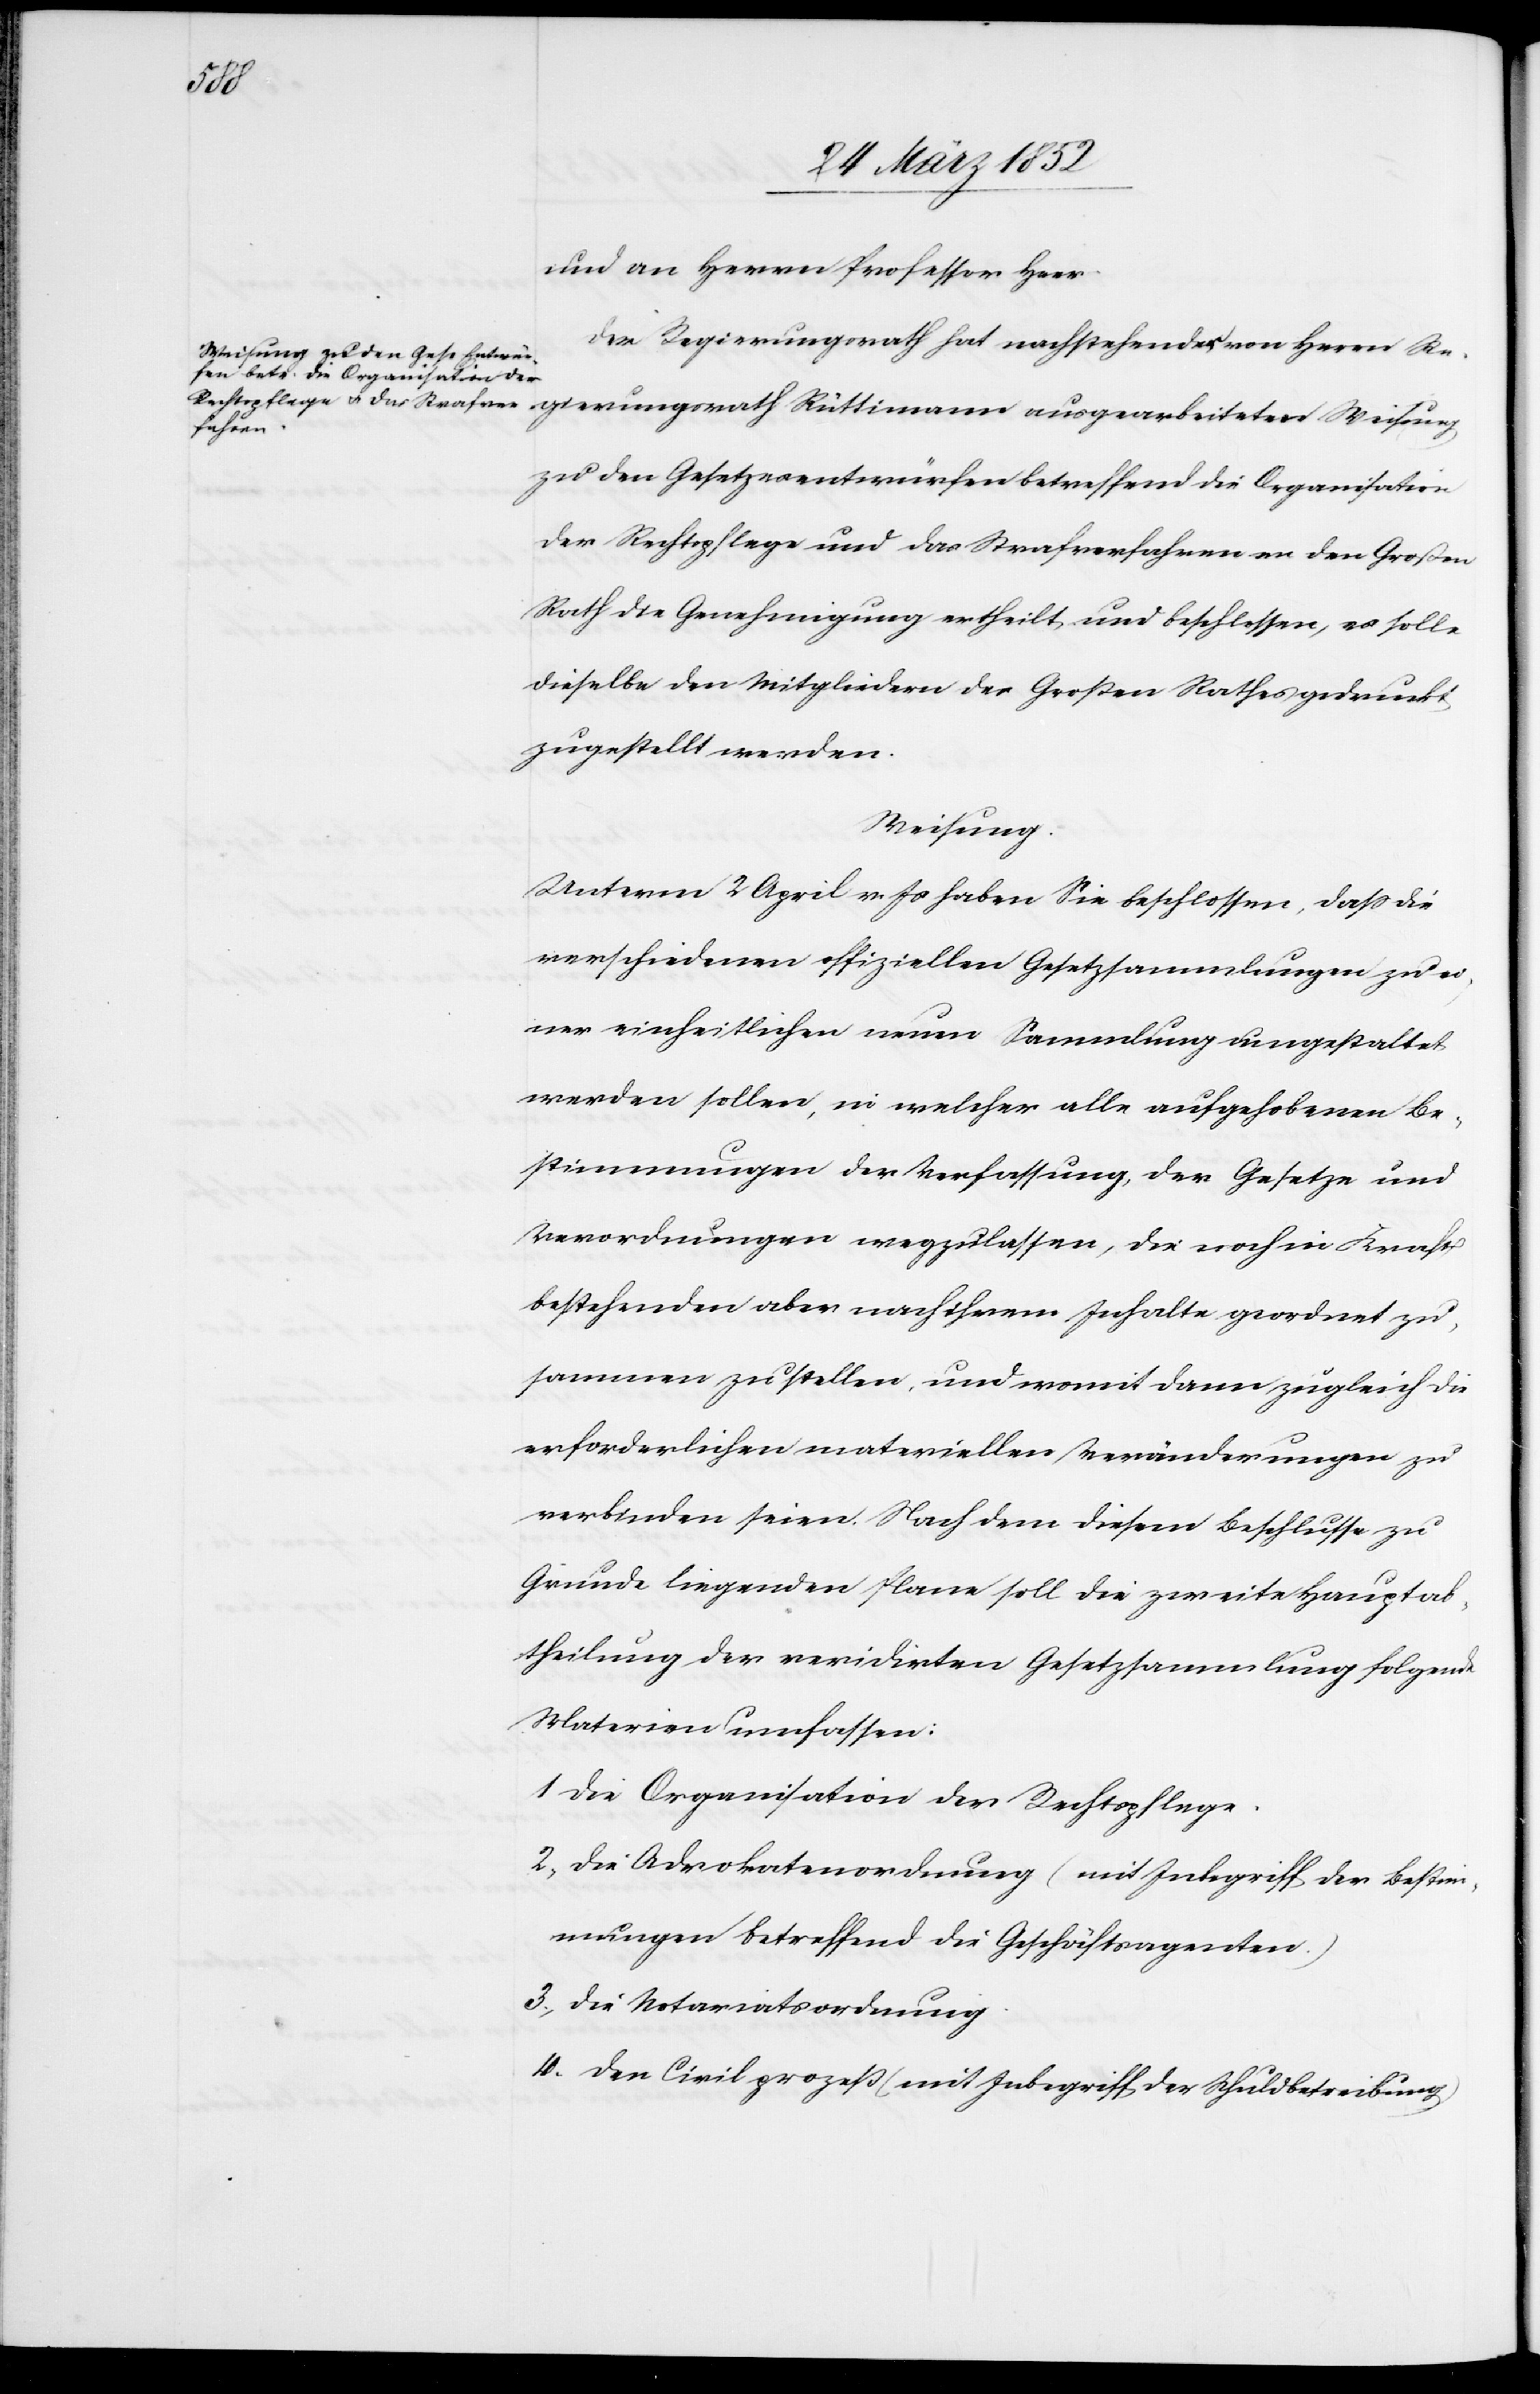
und an Herrn Professor Heer.
Der Regierungsrath hat nachstehender von Herrn Re¬
beiteten
zu den Gesetzesentwürfen betreffend die Organisation
der Rechtspflege und das Strafverfahren an den Großen
Rath die Genehmigung erheilt und beschlossen, es solle
dieselben von den Mitgliedern des Großen Rathes gedruckt
zugestellt werden.
Weisung.
Unterm 2 April v. Js haben Sie beschlossen, daß die
verschiedenen offiziellen Gesetzsammlungen zu ei¬
ner einheitlichen neuen Sammlung umgestaltet
werden sollen, in welcher alle aufgehobenen Be¬
stimmungen der Verfassung, der Gesetze und
Verordnungen wegzulassen, die noch in Kraft
bestehenden aber nach ihrem Inhalte geordnet zu¬
sammen zu stellen, und womit dann zugleich die
erforderlichen materiellen Veränderungen zu
verbinden seien. Nach dem diesem Beschlusse zu
Grunde liegenden Plane soll die zweite Hauptab¬
theilung der revidirten Gesetzsammlung folgende
Materien umfassen:
1 Die Organisation der Rechtspflege.
2.) Die Advokatenordnung (mit Inbegriff der Bestim¬
mungen betreffend die Geschäftsagenten.)
3.) Die Notariatsordnung.
4. Der Civilprozeß (mit Inbegriff der Schuldbetreibung)